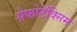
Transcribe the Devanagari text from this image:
सेफोटॅक्सिम